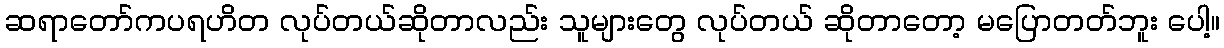
ဆရာတော်ကပရဟိတ လုပ်တယ်ဆိုတာလည်း သူများတွေ လုပ်တယ် ဆိုတာတော့ မပြောတတ်ဘူး ပေါ့။